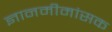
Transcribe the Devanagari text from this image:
ज्ञानमीमांसक